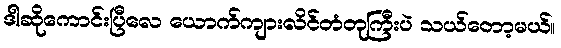
ဒါဆိုကောင်းပြီလေ ယောက်ကျားလိင်တံတုကြီးပဲ သယ်တော့မယ်။